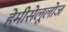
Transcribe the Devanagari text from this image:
हेमीसेलूलोज